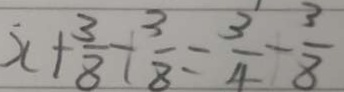
x + \frac { 3 } { 8 } + \frac { 3 } { 8 } = \frac { 3 } { 4 } - \frac { 3 } { 8 }